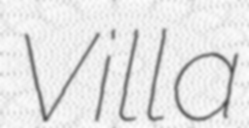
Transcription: Villa